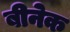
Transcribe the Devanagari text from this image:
बीनेक